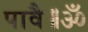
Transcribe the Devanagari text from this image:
पावै॥ॐ